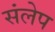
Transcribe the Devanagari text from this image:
संलेप